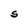
Character: S